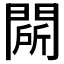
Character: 𲈬